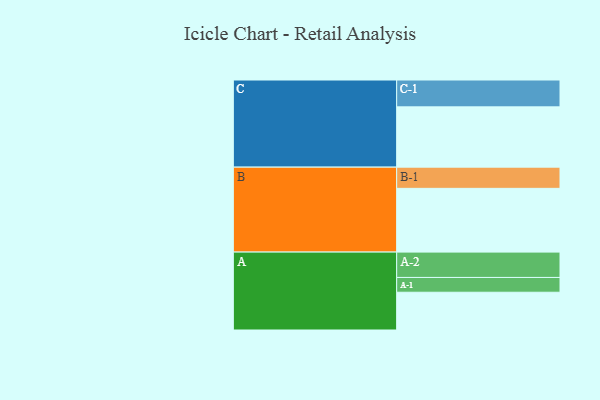
{"axis": {"x": "Segment", "y": "Value"}, "legend": ["", "A", "B", "C"], "data": [{"x": "A", "y": 347, "type": ""}, {"x": "B", "y": 586, "type": ""}, {"x": "C", "y": 554, "type": ""}, {"x": "A-1", "y": 136, "type": "A"}, {"x": "A-2", "y": 233, "type": "A"}, {"x": "B-1", "y": 195, "type": "B"}, {"x": "C-1", "y": 247, "type": "C"}]}